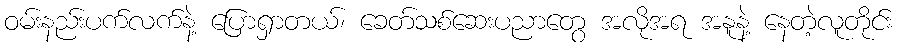
ဝမ်းနည်းပက်လက်နဲ့ ပြောရှာတယ်၊ ခေတ်သစ်ဆေးပညာတွေ အလိုအရ အနူနဲ့ နေတဲ့လူတိုင်း